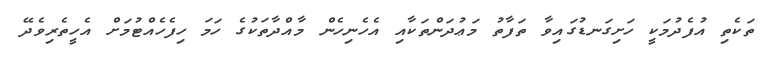
ތަކެތި އުފެދުމަކީ ހަށިގަނޑުގައިވާ ތަފާތު މަޢުދަންތަކާއި އެހެނިހެން މާއްދާތަކުގެ ހަމަ ހިފެހެއްޓުމަށް އެހީތެރިވެދޭ